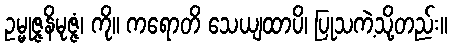
ဥမ္မုဇ္ဇနိမုဇ္ဇံ၊ ကို။ ကရောတိ သေယျထာပိ၊ ပြုသကဲ့သို့တည်း။